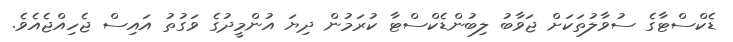
ޑެކްސްޓާގެ ސުވާލުތަކަށް ޖަވާބު ލިބުންޑެކްސްޓާ ކުރަމުން ދިޔަ އުންމީދުގެ ވަގުތު އައިސް ޖެހިއްޖެއެވެ.